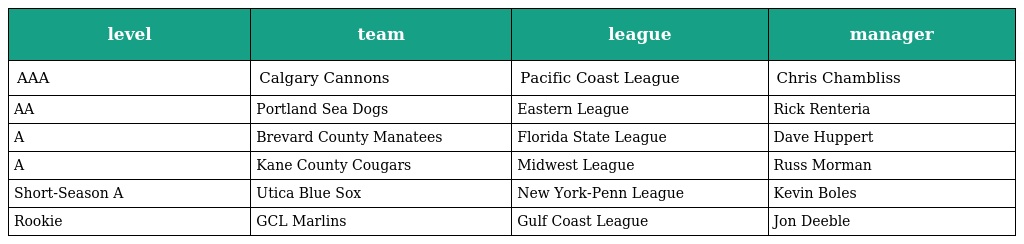
| level | team | league | manager |
 | --- | --- | --- | --- |
 | AAA | Calgary Cannons | Pacific Coast League | Chris Chambliss |
 | AA | Portland Sea Dogs | Eastern League | Rick Renteria |
 | A | Brevard County Manatees | Florida State League | Dave Huppert |
 | A | Kane County Cougars | Midwest League | Russ Morman |
 | Short-Season A | Utica Blue Sox | New York-Penn League | Kevin Boles |
 | Rookie | GCL Marlins | Gulf Coast League | Jon Deeble |